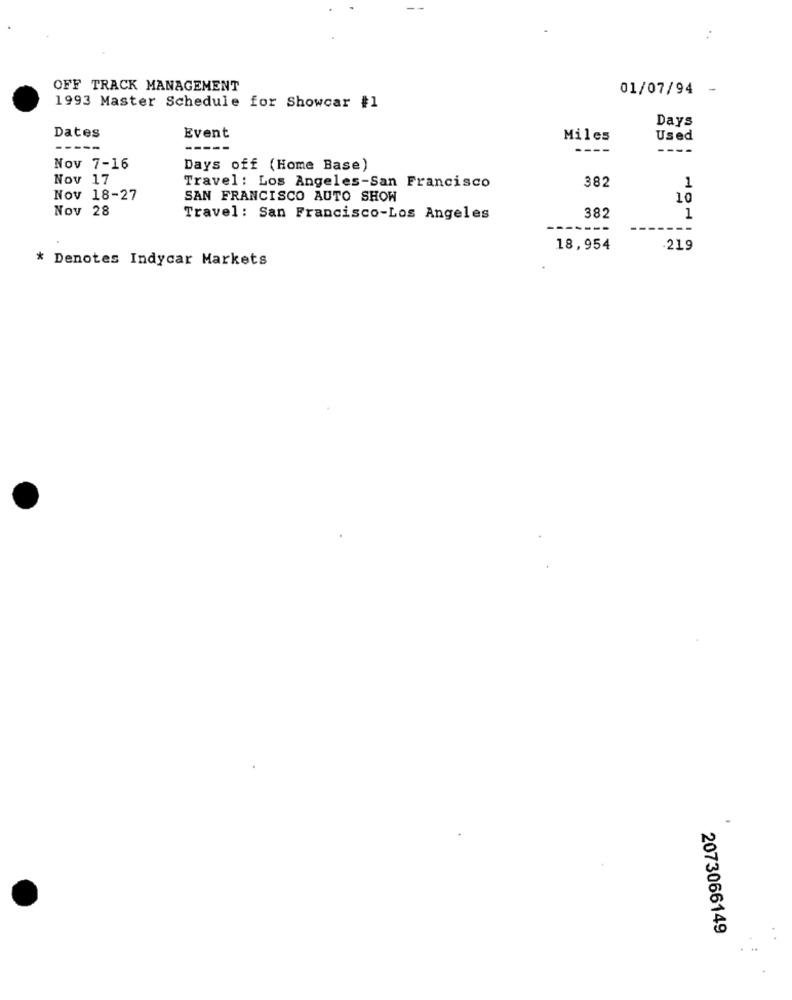
OFF TRACK MANAGEMENT
01/07/94 -
1993 Master Schedule for Showcar #1
Days
Event
Dates
Miles
Used
----
---
Nov 7-16
Days off (Home Base)
Nov 17
Travel: Los Angeles-San Francisco
382
1
Nov 18-27
SAN FRANCISCO AUTO SHOW
10
Nov 28
Travel: San Francisco-Los Angeles
382
1
---
---
18,954
.219
* Denotes Indycar Markets
2073066149